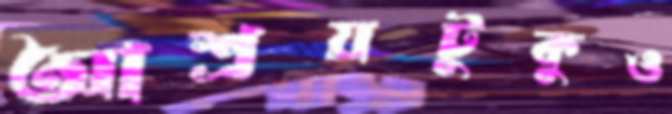
আশ্রয়টুকুও